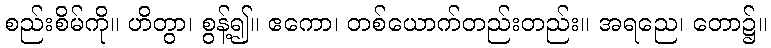
စည်းစိမ်ကို။ ဟိတွာ၊ စွန့်၍။ ဧကော၊ တစ်ယောက်တည်းတည်း။ အရညေ၊ တော၌။